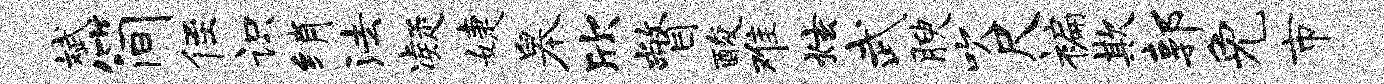
斌简侄识绡法凝婕皋欣瞥酸难炫武腴吹尺褊欺郭免市